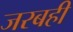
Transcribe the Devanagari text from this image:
जरबही